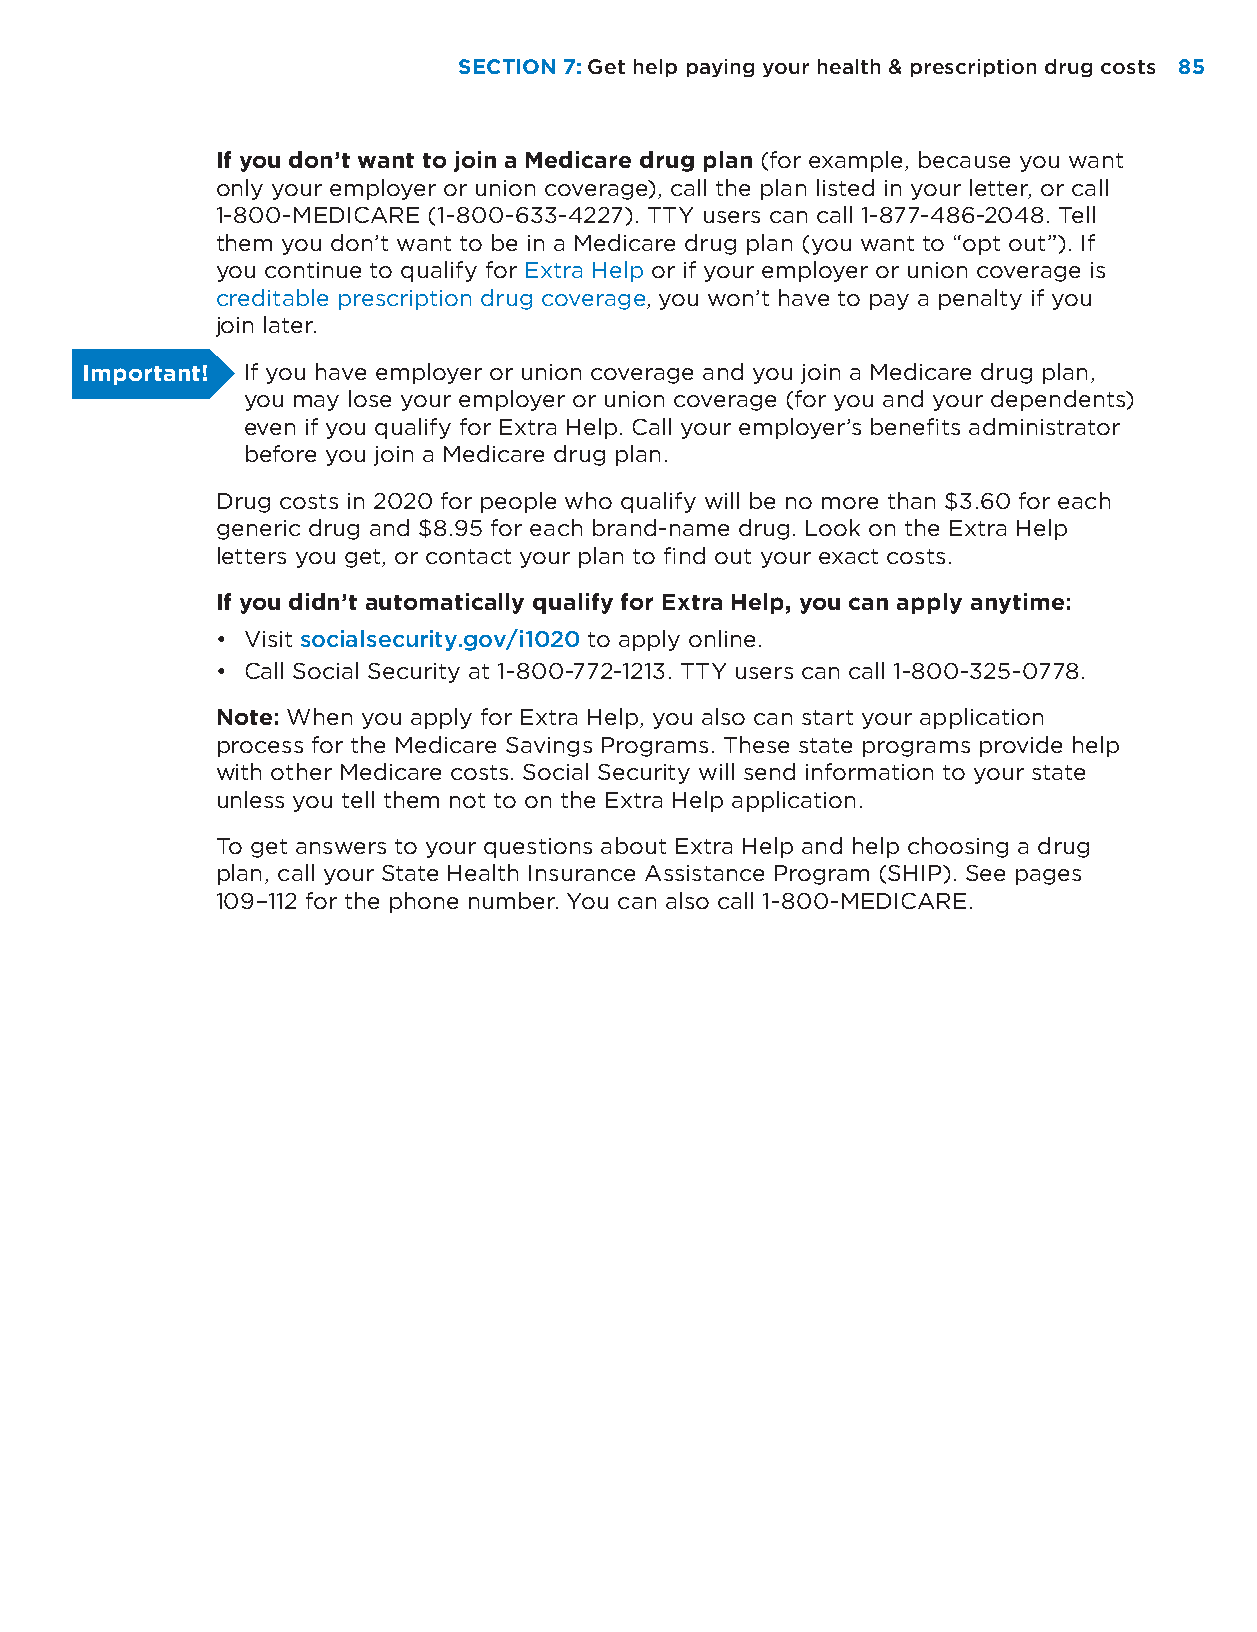
SECTION 7: Get help paying your health & prescription drug costs 8855
 If you don’t want to join a Medicare drug plan (for example, because you want
 only your employer or union coverage), call the plan listed in your letter, or call
 1-800-MEDICARE (1-800-633-4227). TTY users can call 1-877-486-2048. Tell
 them you don’t want to be in a Medicare drug plan (you want to “opt out”). If
 you continue to qualify for Extra Help or if your employer or union coverage is
 creditable prescription drug coverage, you won’t have to pay a penalty if you
 join later.
 Important! If you have employer or union coverage and you join a Medicare drug plan,
 you may lose your employer or union coverage (for you and your dependents)
 even if you qualify for Extra Help. Call your employer’s benefits administrator
 before you join a Medicare drug plan.
 Drug costs in 2020 for people who qualify will be no more than $3.60 for each
 generic drug and $8.95 for each brand-name drug. Look on the Extra Help
 letters you get, or contact your plan to find out your exact costs.
 If you didn’t automatically qualify for Extra Help, you can apply anytime:
 • Visit socialsecurity.gov/i1020 to apply online.
 • Call Social Security at 1-800-772-1213. TTY users can call 1-800-325-0778.
 Note: When you apply for Extra Help, you also can start your application
 process for the Medicare Savings Programs. These state programs provide help
 with other Medicare costs. Social Security will send information to your state
 unless you tell them not to on the Extra Help application.
 To get answers to your questions about Extra Help and help choosing a drug
 plan, call your State Health Insurance Assistance Program (SHIP). See pages
 109–112 for the phone number. You can also call 1-800-MEDICARE.